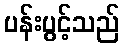
ပန်းပွင့်သည်